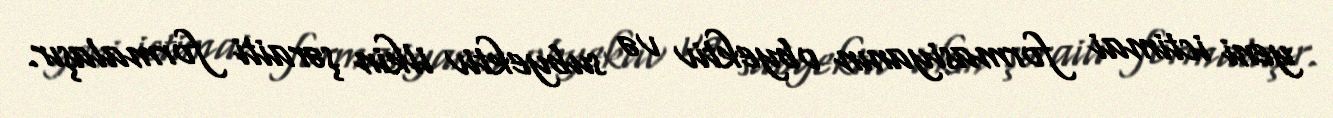
yeni ictimai formasiyanın obyektiv və subyektiv ilkin şəraiti formalaşır.